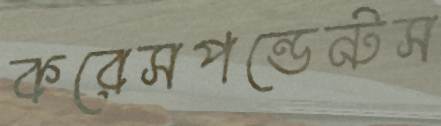
করেসপন্ডেন্টস